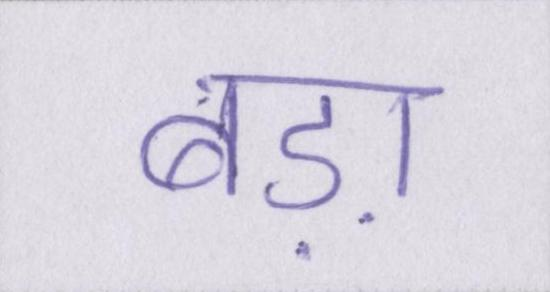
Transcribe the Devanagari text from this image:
बड़ा